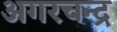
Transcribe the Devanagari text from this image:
अगरचन्द्र